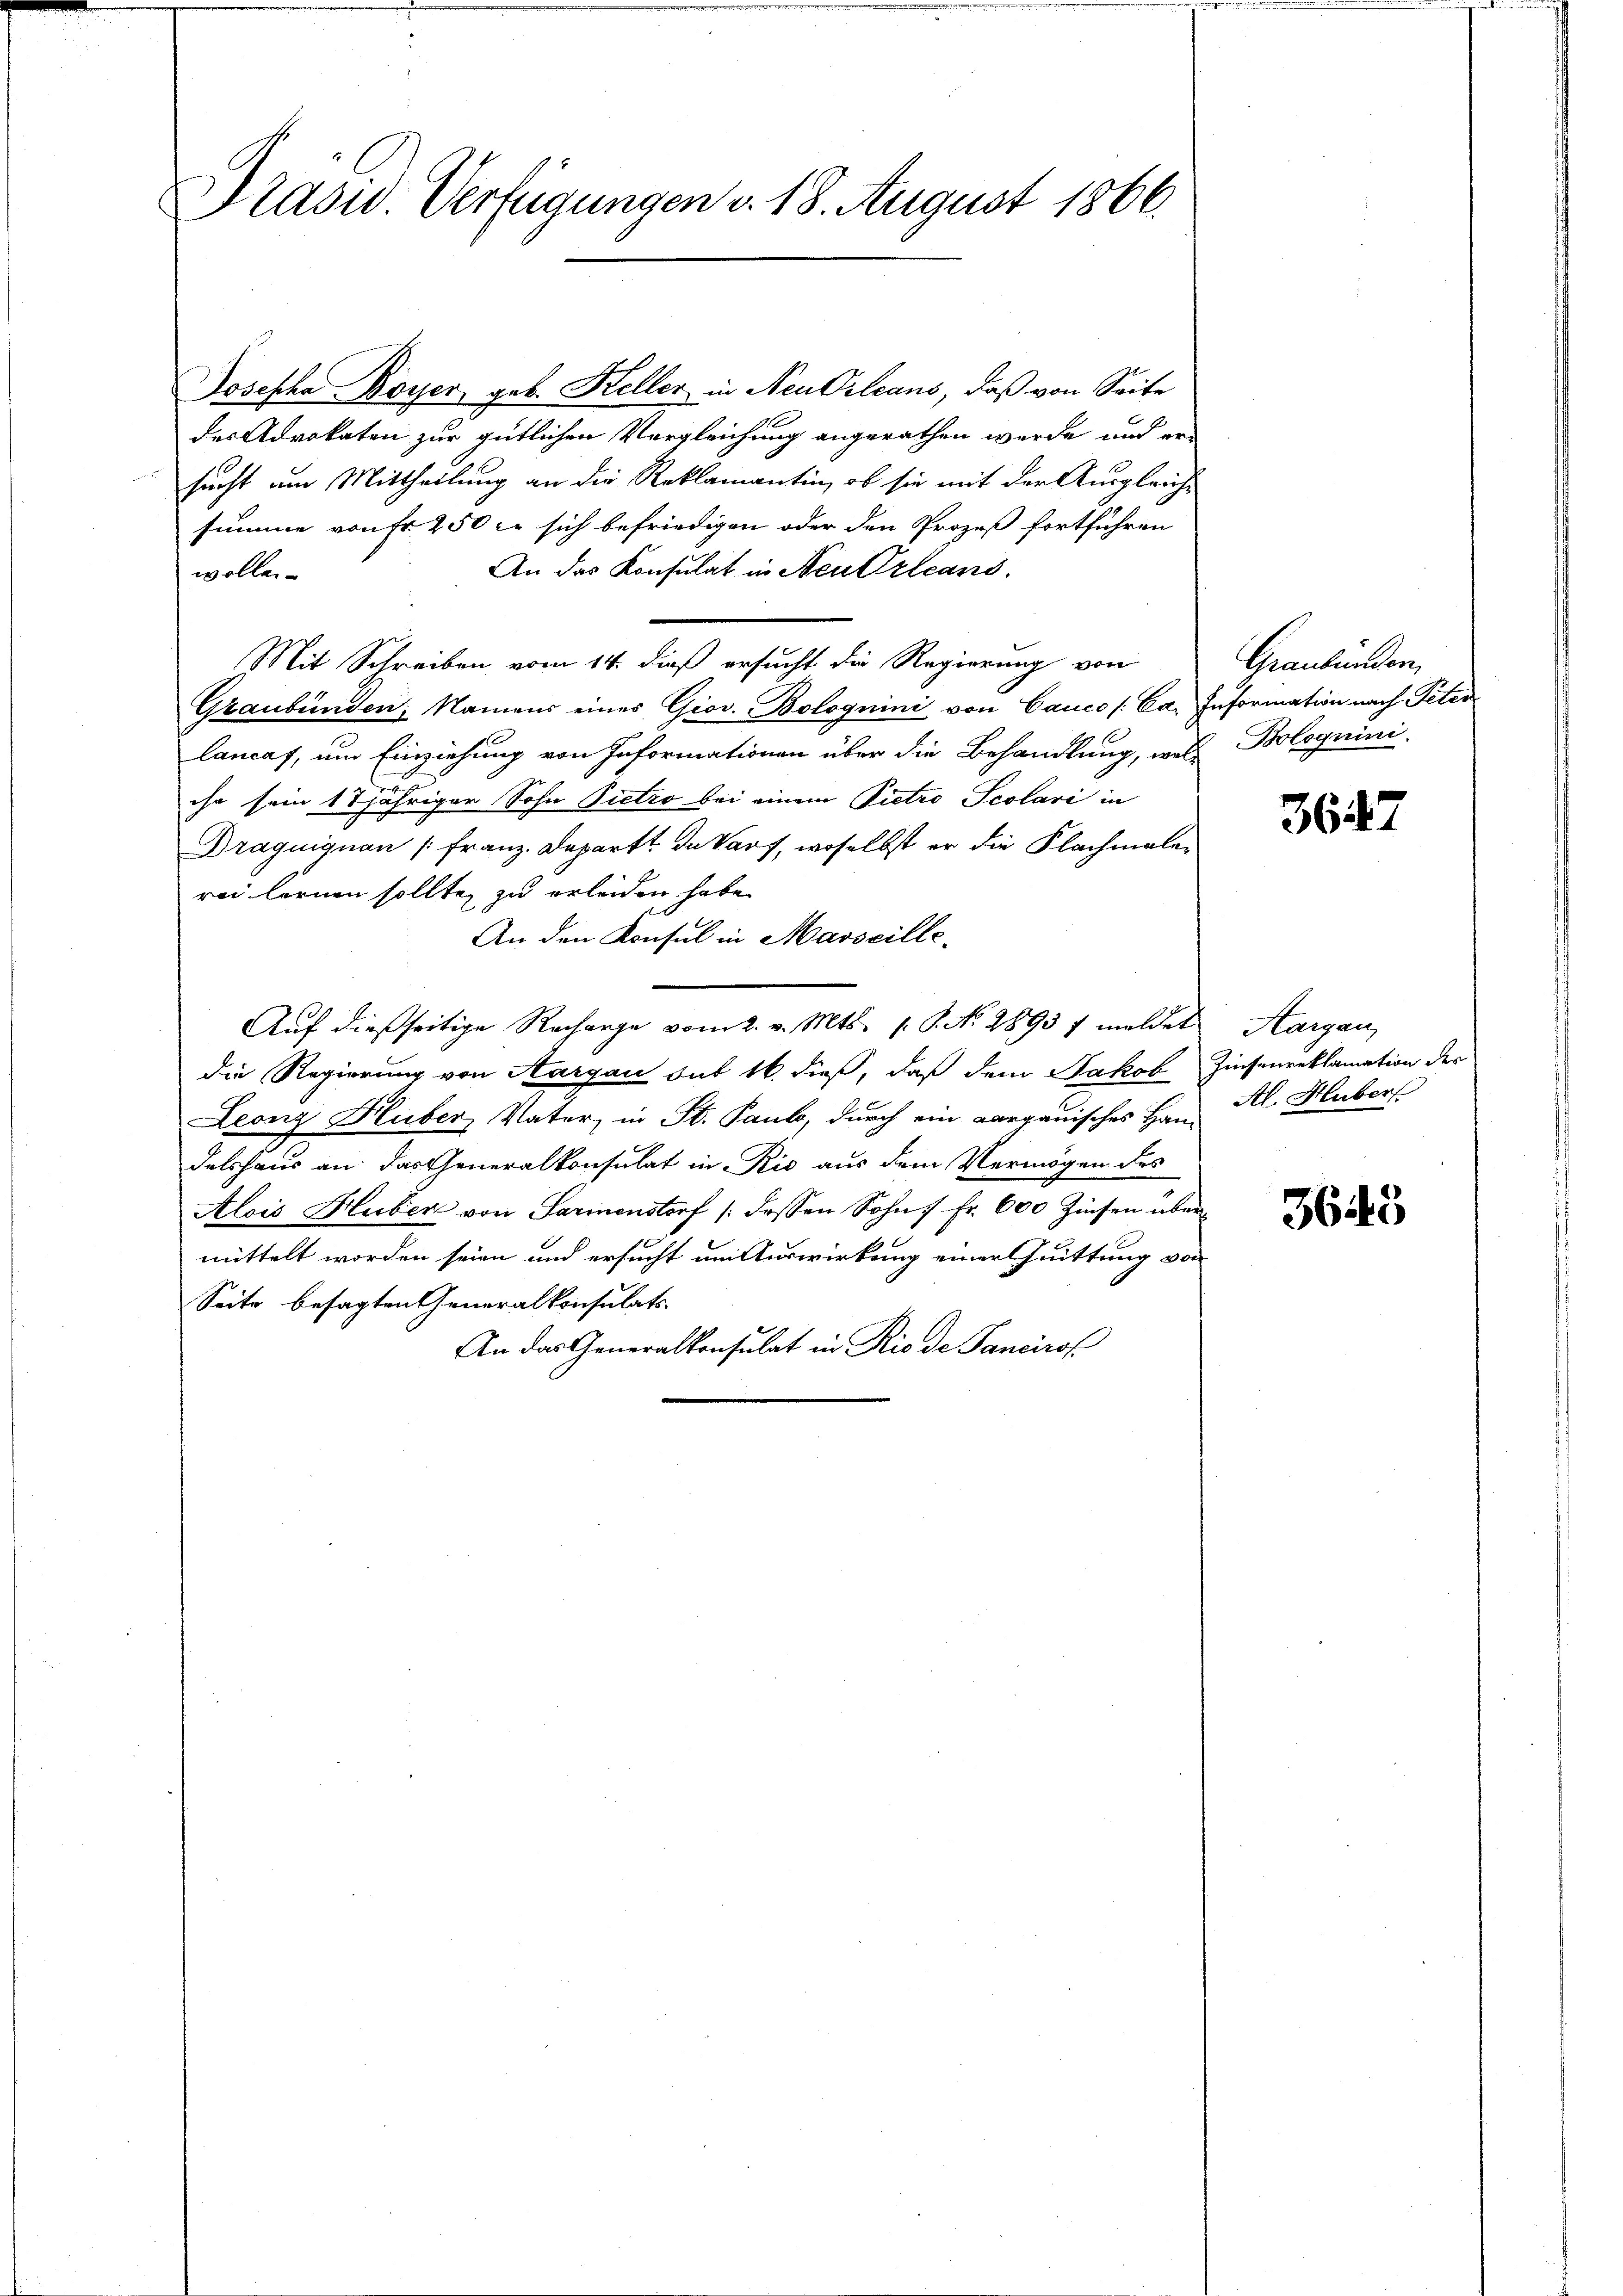
Präsid. Verfügungen v. 18. August 1866.

Josepha Boyer, geb. Keller in Neu Orleans, daß von Seite
des Advokaten zur gütlichen Vergleichung angerathen werde und er-
sucht um Mittheilung an die Reklamantin, ob sie mit der Ausgleiche
summe von fr. 250 c. sich befriedigen oder den Prozeß fortführen
An das Konsulat in Neu Orleans
wollen.
Mit Schreiben vom 14. dieß ersucht die Regierung von
Graubünden, Namens eines Giov. Bolognini von Canco /Ca. Information nach Peter
lancaf, um Einziehung von Informationen über die Behandlung, was Bologuini.
ihr sein 17 jähriger Sohn Pietro bei einem Pietro Scolari in
Draquiquan (Franz. Depart. In Varf, woselbst er die Flachmalen
rei lornen sollte, zu erleiden habe.
An den Konsul in Marseille-
Auf dießseitige Recharge vom 2. v. Mts. s. S. No. 1893 f meldet Aargau,
die Regierung von Aargau sub 16. dieß, daß dem Jakob Zinsenreklamation der
Leonz Huber, Vater, in St. Paub, durch ein Aargauisches Han Al. Hubers
delshaus an das Generalkonsulat in Rio aus dem Vermögen des
Alois Huber von Sarmenstorf /: dessen Sohn 7 Fr. 600 Zinsen über-
mittelt worden seien und ersucht um Auswirkung einer Guittung von
Seite besagten Generalkonsulats-
An das Generalkonsulat in Rio de Panciros

Graubünden,

3647

3643